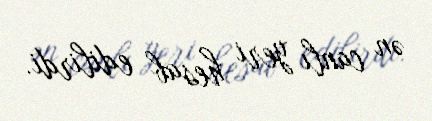
ən canlı yeri hesab edilirdi.